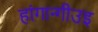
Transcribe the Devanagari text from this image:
हांगान्गीउइ